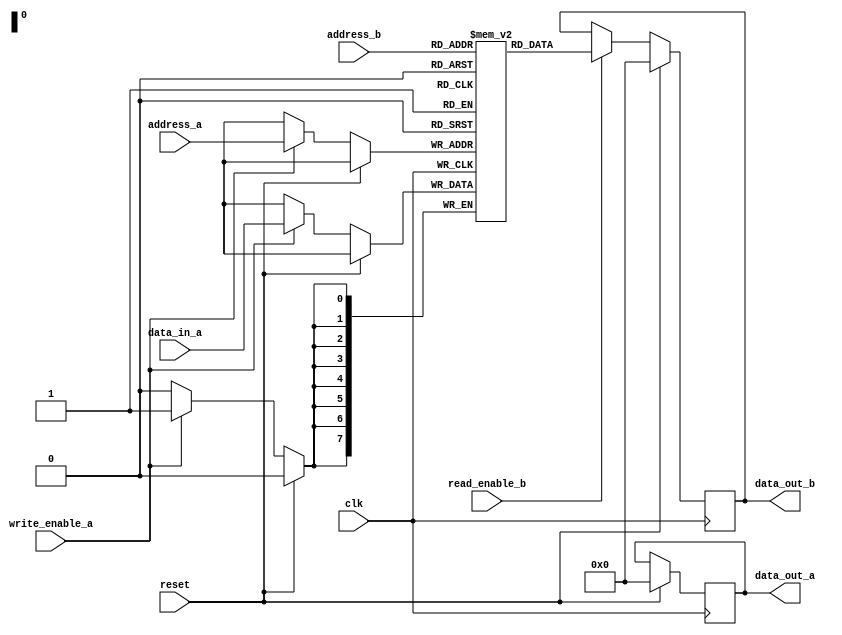
module dual_port_ram (
    input wire clk,
    input wire reset,
    
    // Port A
    input wire [7:0] data_in_a,
    input wire [7:0] address_a,
    input wire write_enable_a,
    output reg [7:0] data_out_a,
    
    // Port B
    input wire [7:0] address_b,
    input wire read_enable_b,
    output reg [7:0] data_out_b
);

reg [7:0] memory [255:0]; // 256 address locations, each storing an 8-bit data value
  
// Port A write operation
always @(posedge clk) begin
    if (reset) begin
        data_out_a <= 8'h00; // Reset data_out_a
    end else begin
        if (write_enable_a) begin
            memory[address_a] <= data_in_a; // Write data_in_a to memory at address_a
        end
    end
end

// Port B read operation
always @(posedge clk) begin
    if (reset) begin
        data_out_b <= 8'h00; // Reset data_out_b
    end else begin
        if (read_enable_b) begin
            data_out_b <= memory[address_b]; // Read data from memory at address_b
        end
    end
end

endmodule